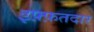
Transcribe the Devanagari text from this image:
इफ़्फ़तदार